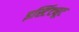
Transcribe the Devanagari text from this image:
इस्टिंट्यूट